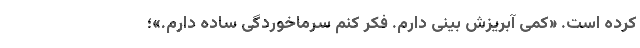
کرده‌ است. «کمی آبریزش بینی دارم. فکر کنم سرماخوردگی ساده دارم.»؛